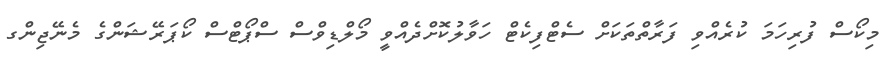
މިކޯސް ފުރިހަމަ ކުރެއްވި ފަރާތްތަކަށް ސެޓްފިކެޓް ހަވާލުކޮށްދެއްވީ މޯލްޑިވްސް ސްޕޯޓްސް ކޯޕަރޭޝަންގެ މެނޭޖިންގ